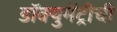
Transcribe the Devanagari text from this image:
डॉक्युमेंट्रीची